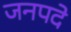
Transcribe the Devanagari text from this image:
जनपदे